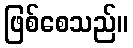
ဖြစ်စေသည်။